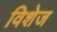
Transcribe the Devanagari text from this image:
विशेज